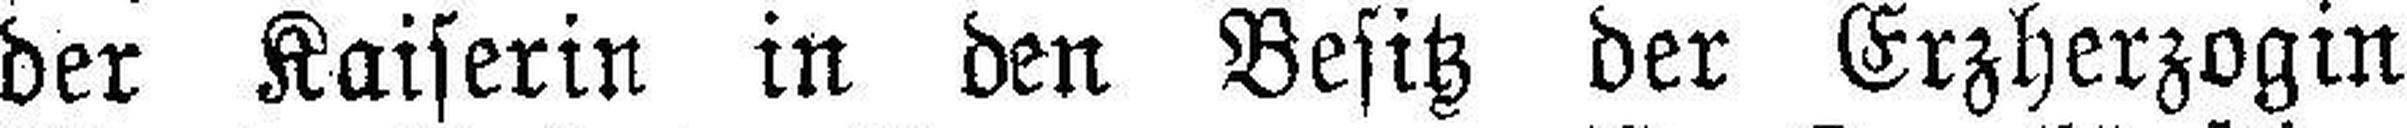
der Kaiserin in den Besitz der Erzherzogin